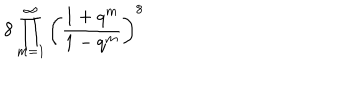
LaTeX: 8 \prod _ { m = 1 } ^ { \infty } \left( \frac { 1 + q ^ { m } } { 1 - q ^ { m } } \right) ^ { 8 }